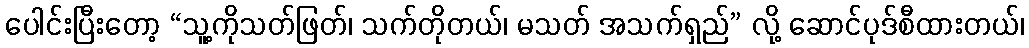
ပေါင်းပြီးတော့ “သူ့ကိုသတ်ဖြတ်၊ သက်တိုတယ်၊ မသတ် အသက်ရှည်” လို့ ဆောင်ပုဒ်စီထားတယ်၊